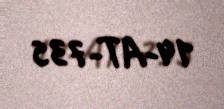
14-AT-735